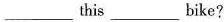
___ this ___ bike?